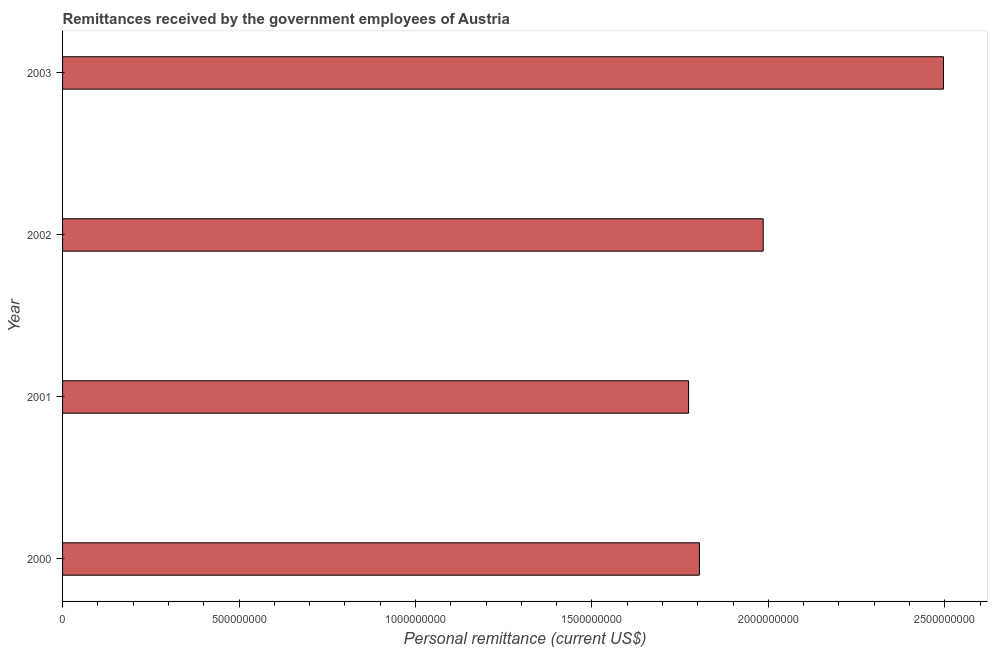
| Year | Personal remittances |
 | --- | --- |
 | 2000 | 1.8e+09 |
 | 2001 | 1.77e+09 |
 | 2002 | 1.99e+09 |
 | 2003 | 2.5e+09 |